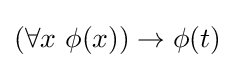
(\forall x\ \phi (x))\to \phi (t)